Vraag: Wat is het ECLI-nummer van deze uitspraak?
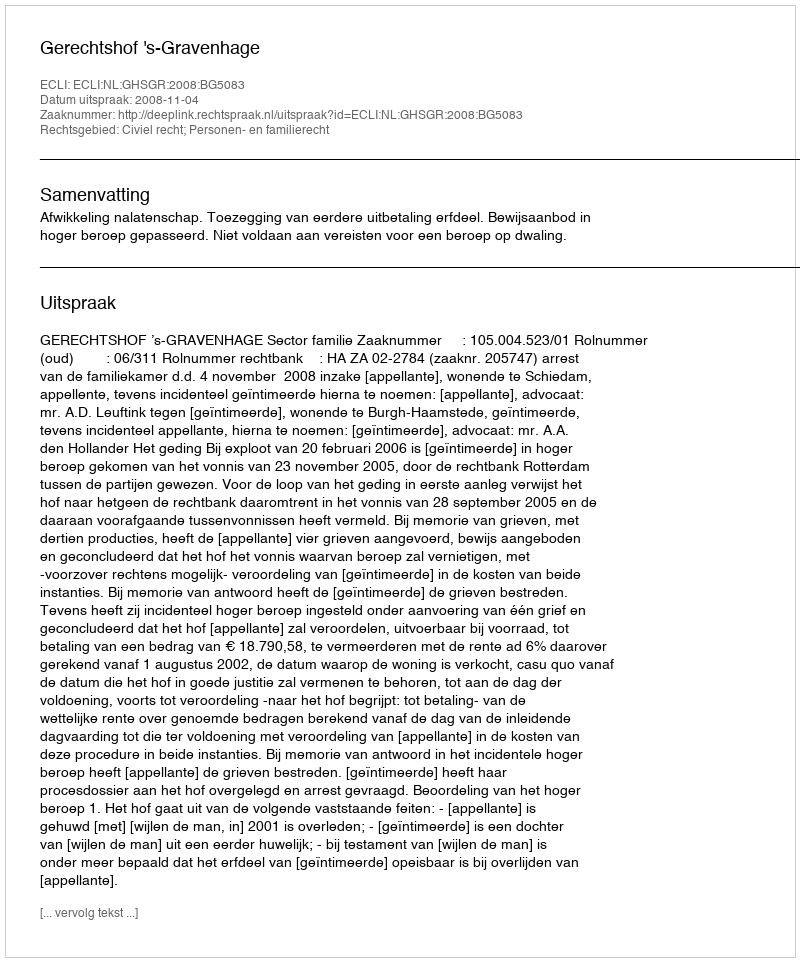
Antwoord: ECLI:NL:GHSGR:2008:BG5083